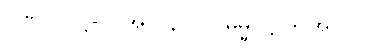
ပဏ်-၁-ဋ္ဌ-ပ-အုပ်-၃၀၇။ ဓမ္မ-ဋ္ဌ-ဒု-အုပ်-၇၂။